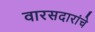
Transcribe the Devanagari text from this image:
वारसदारांचे